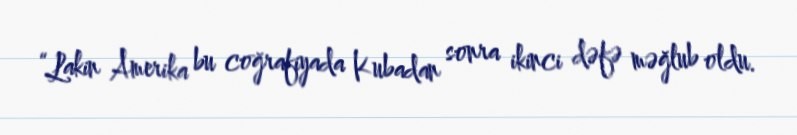
“Lakin Amerika bu coğrafiyada Kubadan sonra ikinci dəfə məğlub oldu.